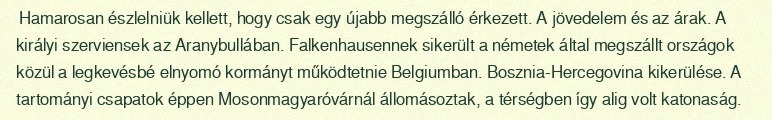
Hamarosan észlelniük kellett, hogy csak egy újabb megszálló érkezett. A jövedelem és az árak. A királyi szerviensek az Aranybullában. Falkenhausennek sikerült a németek által megszállt országok közül a legkevésbé elnyomó kormányt működtetnie Belgiumban. Bosznia-Hercegovina kikerülése. A tartományi csapatok éppen Mosonmagyaróvárnál állomásoztak, a térségben így alig volt katonaság.